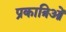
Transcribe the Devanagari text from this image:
प्रकात्रिओं